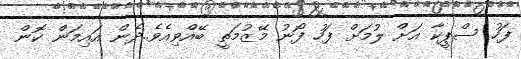
ފަހު ސްޕީކާ އަށް ލުމަށް ފަހު ފޯނު މޭޒުމަތީ ބޭއްވިއެވެ..ދެން އައިމަން ކޮން